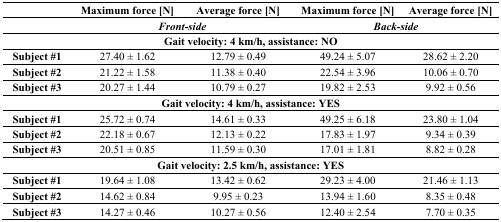
<table><thead><tr><td></td><td><b>Maximum force [N]</b></td><td><b>Average force [N]</b></td><td><b>Maximum force [N]</b></td><td><b>Average force [N]</b></td></tr><tr><td></td><td colspan="2"><b><i>Front-side</i></b></td><td colspan="2"><b><i>Back-side</i></b></td></tr></thead><tbody><tr><td colspan="5"><b>Gait velocity: 4 km/h, assistance: NO</b></td></tr><tr><td><b>Subject #1</b></td><td>27.40 ± 1.62</td><td>12.79 ± 0.49</td><td>49.24 ± 5.07</td><td>28.62 ± 2.20</td></tr><tr><td><b>Subject #2</b></td><td>21.22 ± 1.58</td><td>11.38 ± 0.40</td><td>22.54 ± 3.96</td><td>10.06 ± 0.70</td></tr><tr><td><b>Subject #3</b></td><td>20.27 ± 1.44</td><td>10.79 ± 0.27</td><td>19.82 ± 2.53</td><td>9.92 ± 0.56</td></tr><tr><td colspan="5"><b>Gait velocity: 4 km/h, assistance: YES</b></td></tr><tr><td><b>Subject #1</b></td><td>25.72 ± 0.74</td><td>14.61 ± 0.33</td><td>49.25 ± 6.18</td><td>23.80 ± 1.04</td></tr><tr><td><b>Subject #2</b></td><td>22.18 ± 0.67</td><td>12.13 ± 0.22</td><td>17.83 ± 1.97</td><td>9.34 ± 0.39</td></tr><tr><td><b>Subject #3</b></td><td>20.51 ± 0.85</td><td>11.59 ± 0.30</td><td>17.01 ± 1.81</td><td>8.82 ± 0.28</td></tr><tr><td colspan="5"><b>Gait velocity: 2.5 km/h, assistance: YES</b></td></tr><tr><td><b>Subject #1</b></td><td>19.64 ± 1.08</td><td>13.42 ± 0.62</td><td>29.23 ± 4.00</td><td>21.46 ± 1.13</td></tr><tr><td><b>Subject #2</b></td><td>14.62 ± 0.84</td><td>9.95 ± 0.23</td><td>13.94 ± 1.60</td><td>8.35 ± 0.48</td></tr><tr><td><b>Subject #3</b></td><td>14.27 ± 0.46</td><td>10.27 ± 0.56</td><td>12.40 ± 2.54</td><td>7.70 ± 0.35</td></tr></tbody></table>